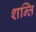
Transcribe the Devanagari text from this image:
शन्ति